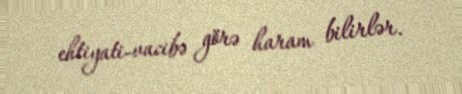
ehtiyati-vacibə görə haram bilirlər.